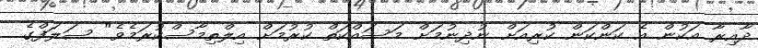
ދާއިރާ އަކުން އެ ކަންކަން ކުރިއަށް ނުދިނުމަށް މަސައްކަތް ކުރުމަށް އިލްތިމާސްކުރަމެވެ" ސަލަފްގެ